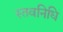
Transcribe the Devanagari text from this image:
स्तवनिधि